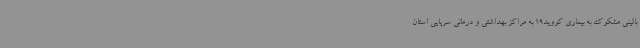
بالینی مشکوک به بیماری کووید19 به مراکز بهداشتی و درمانی سرپایی استان